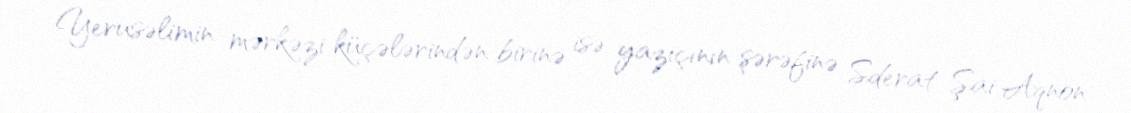
Yerusəlimin mərkəzi küçələrindən birinə isə yazıçının şərəfinə Sderat Şai Aqnon